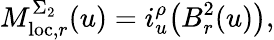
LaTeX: M_{\mathrm{loc},r}^{\Sigma_{2}}(u)=i_{u}^{\rho}\big({B}_{r}^{2}(u)\big),